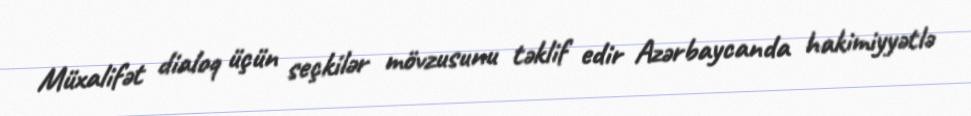
Müxalifət dialoq üçün seçkilər mövzusunu təklif edir Azərbaycanda hakimiyyətlə